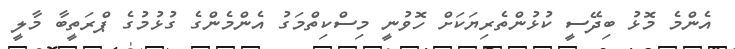
އެންމެ މޮޅު ބިދޭސީ ކުޅުންތެރިޔަކަށް ހޮވުނީ މިސްކިތްމަގު އެންމެންގެ ގުޅުމުގެ ޕްރަތީބާ މާލީ